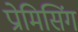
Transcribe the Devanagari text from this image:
प्रोमिसिंग